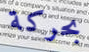
بحركة